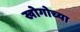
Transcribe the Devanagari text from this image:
खोगोच्या